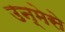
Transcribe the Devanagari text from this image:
उन्मेसे